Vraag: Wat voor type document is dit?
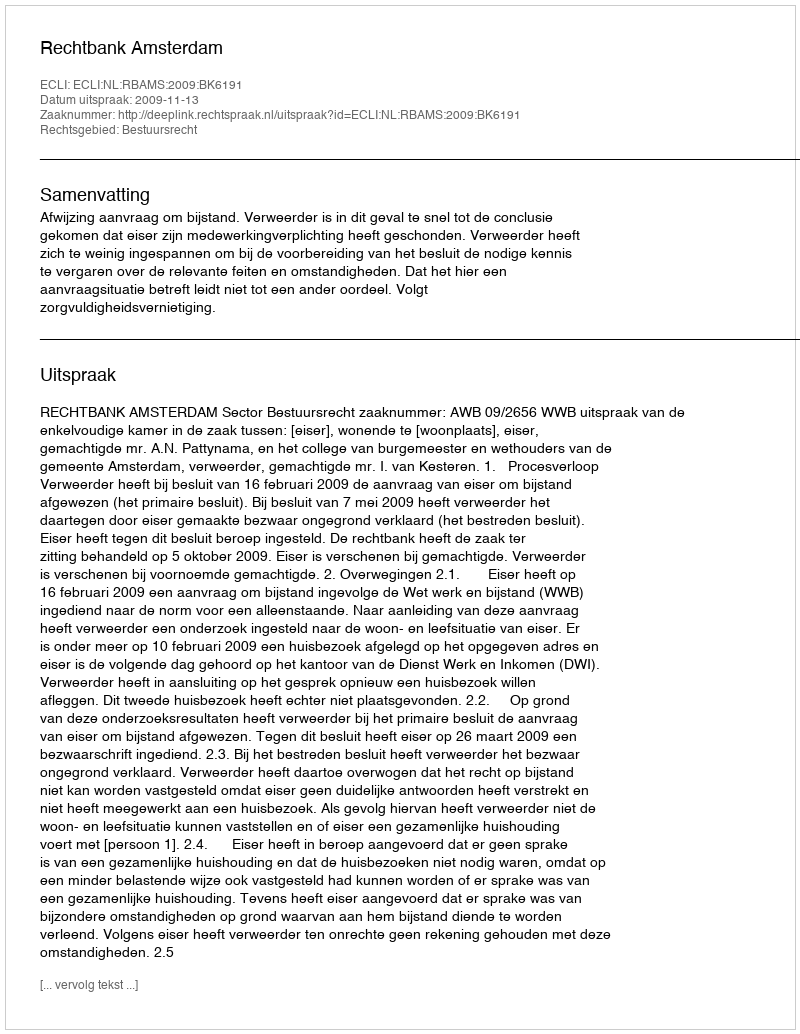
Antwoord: Uitspraak